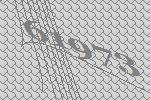
61973